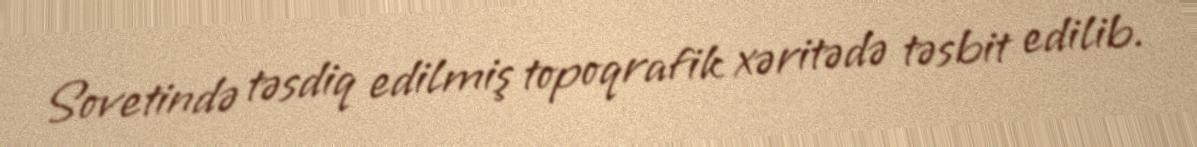
Sovetində təsdiq edilmiş topoqrafik xəritədə təsbit edilib.